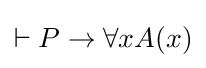
\vdash P\to \forall xA(x)